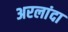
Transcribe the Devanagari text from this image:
अरलांदा